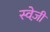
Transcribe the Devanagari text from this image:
स्वेज़ी